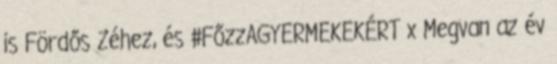
is Fördős Zéhez, és #FőzzAGYERMEKEKÉRT x Megvan az év